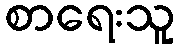
စာရေးသူ